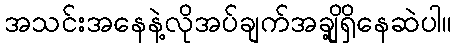
အသင်းအနေနဲ့လိုအပ်ချက်အချို့ရှိနေဆဲပါ။